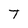
Character: t